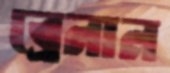
ব্রেনান